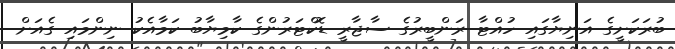
ބުރަކަށީގެ އަނިޔާގައި ހުއްޓާ ރަންބީރުގެ ސާޖާރީ ޑޮކްޓަރުންގެ ކާމިޔާބު ކަމާއެކު ނިންމައި ގެއަށް